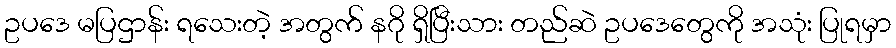
ဥပဒေ မပြဌာန်း ရသေးတဲ့ အတွက် နဂို ရှိပြီးသား တည်ဆဲ ဥပဒေတွေကို အသုံး ပြုရမှာ